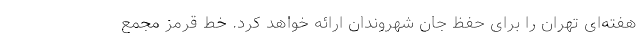
هفته‌ای تهران را برای حفظ جان شهروندان ارائه خواهد کرد. خط قرمز مجمع